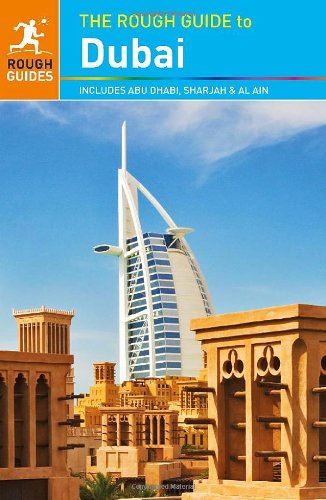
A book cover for The Rough Guide to Dubai; Gavin Thomas; Travel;